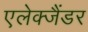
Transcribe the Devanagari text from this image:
एलेक्जैंडर